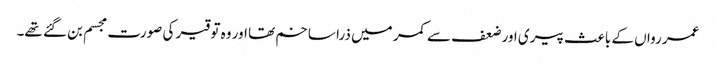
عمر رواں کے باعث پیری اور ضعف سے کمر میں ذرا سا خم تھا اور وہ توقیر کی صورت مجسم بن گئے تھے۔